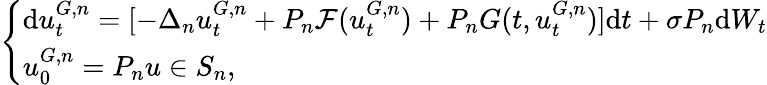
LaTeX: \left\{ \begin{array}{ll}{\mathrm{d}u_{t}^{G,n}=[-\Delta_{n}u_{t}^{{G},n}+P_{n}\mathcal{F}(u_{t}^{{G},n})+P_{n}{G}(t,u_{t}^{{G},n})]\mathrm{d}t+\sigma P_{n}\mathrm{d}W_{t}}\\ {u_{0}^{{G},n}=P_{n}u\in S_{n},}\end{array}\right.